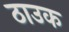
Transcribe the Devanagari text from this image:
ठाउक